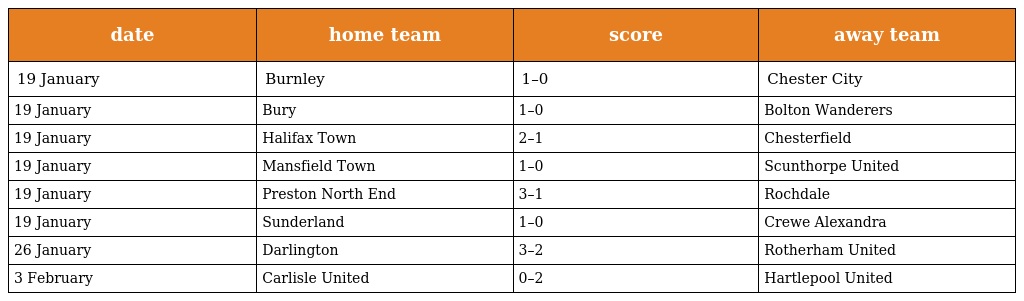
| date | home team | score | away team |
 | --- | --- | --- | --- |
 | 19 January | Burnley | 1–0 | Chester City |
 | 19 January | Bury | 1–0 | Bolton Wanderers |
 | 19 January | Halifax Town | 2–1 | Chesterfield |
 | 19 January | Mansfield Town | 1–0 | Scunthorpe United |
 | 19 January | Preston North End | 3–1 | Rochdale |
 | 19 January | Sunderland | 1–0 | Crewe Alexandra |
 | 26 January | Darlington | 3–2 | Rotherham United |
 | 3 February | Carlisle United | 0–2 | Hartlepool United |